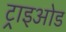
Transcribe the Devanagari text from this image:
ट्राइओड